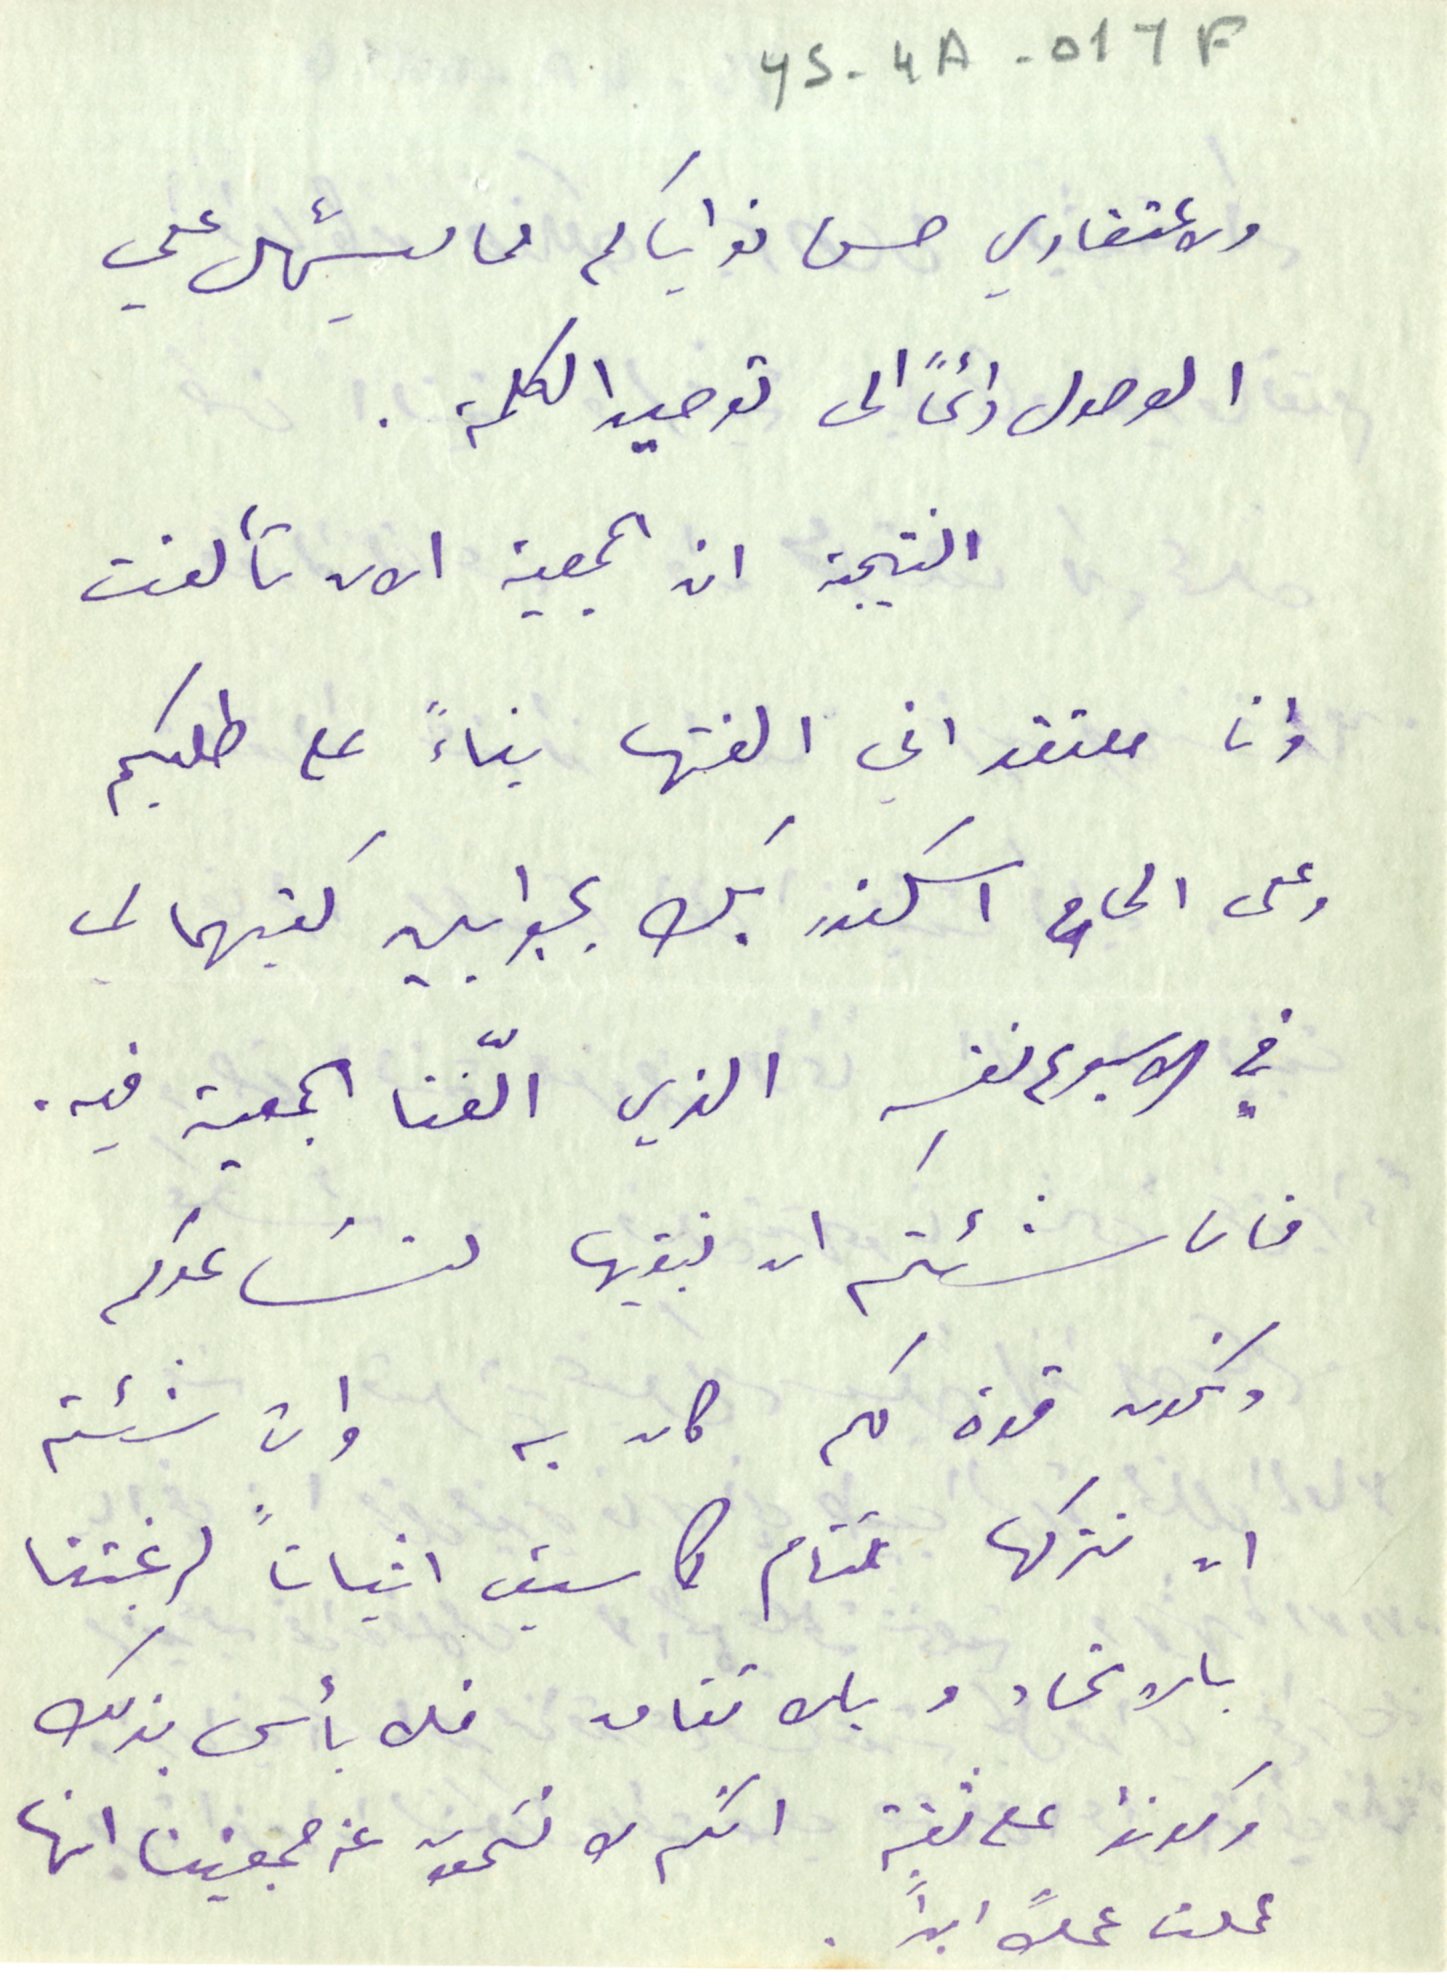
ys-4A-011F
ولاعتقادي حسن نواياكم مما يسّهل علي
الوصول دائماً الى توحيد الكلمة .
 النتيجة ان الجمعية الان تألفت
وانا معتقد اني الفتها بناءً على طلبكم
وعلى الحاح اسكندر بك بجوابين كتبهما لي
في الاسبوع نفسِه الذي الّفنا الجمعية فيه.
 فان شئتم ان نبقيها لنسَاعدكم
ونكون قوة لكم كان به وان شئتم
ان نتركها تنام كما سبق اثباتاً لرغبتنا
بالاتحاد وبالاتفاق فلا بأس بذلك
 وكونوا على ثقة انكم لا تسَمعون عن جمعيتنا انها
 عملت عملاً ابداً.